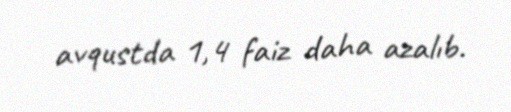
avqustda 1,4 faiz daha azalıb.